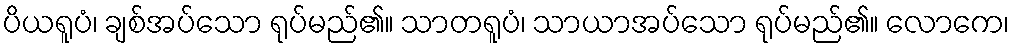
ပိယရူပံ၊ ချစ်အပ်သော ရုပ်မည်၏။ သာတရူပံ၊ သာယာအပ်သော ရုပ်မည်၏။ လောကေ၊